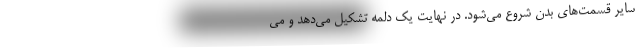
سایر قسمت‌های بدن شروع می‌شود. در نهایت یک دلمه تشکیل می‌دهد و می